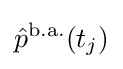
{\hat {p}}^{\mathrm {b.a.} }(t_{j})